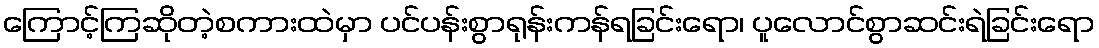
ကြောင့်ကြဆိုတဲ့စကားထဲမှာ ပင်ပန်းစွာရုန်းကန်ရခြင်းရော၊ ပူလောင်စွာဆင်းရဲခြင်းရော